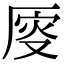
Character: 𠩹